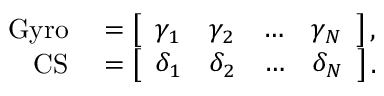
\begin{array} { r l } { \mathrm { G y r o } } & { { } = \left[ \begin{array} { l l l l } { \gamma _ { 1 } } & { \gamma _ { 2 } } & { \dots } & { \gamma _ { N } } \end{array} \right] , } \\ { \mathrm { C S } } & { { } = \left[ \begin{array} { l l l l } { \delta _ { 1 } } & { \delta _ { 2 } } & { \dots } & { \delta _ { N } } \end{array} \right] . } \end{array}